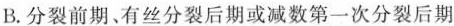
B.分裂前期、有丝分裂后期或减数第一次分裂后期